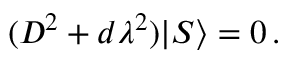
( { \cal D } ^ { 2 } + d \lambda ^ { 2 } ) | S \rangle = 0 \, .